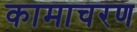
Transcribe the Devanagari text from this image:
कामाचरण